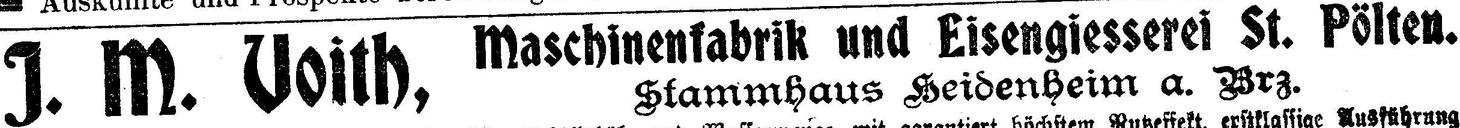
J. M. Voith, Maschinenfabrik und Eisengiesserei St. Pölten.